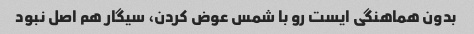
بدون هماهنگی ایست رو با شمس عوض کردن، سیگار هم اصل نبود